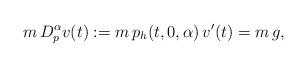
LaTeX: \begin{align*} m\,D_p^\alpha v(t) := m\,p_h(t, 0,\alpha) \, v^\prime (t) = m\,g,\end{align*}